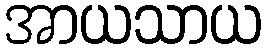
အာယသာယ